Proceedings of the meeting of veterinary officers in India
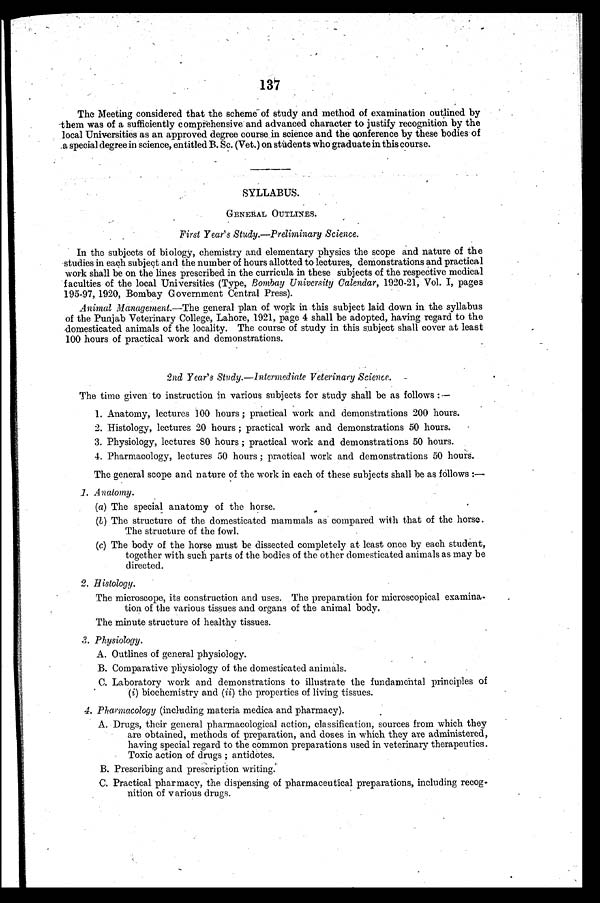
137
The Meeting considered that the scheme of study and method of examination outlined by
them was of a sufficiently comprehensive and advanced character to justify recognition by the
local Universities as an approved degree course in science and the conference by these bodies of
a special degree in science, entitled B. Sc. (Vet.) on students who graduate in this course.
SYLLABUS.
GENERAL OUTLINES.
First Year's Study.—Preliminary Science.
In the subjects of biology, chemistry and elementary physics the scope and nature of the
studies in each subject and the number of hours allotted to lectures, demonstrations and practical
work shall be on the lines prescribed in the curricula in these subjects of the respective medical
faculties of the local Universities (Type, Bombay University Calendar, 1920-21, Vol. I, pages
195-97, 1920, Bombay Government Central Press).
Animal Management.—The general plan of work in this subject laid down in the syllabus
of the Punjab Veterinary College, Lahore, 1921, page 4 shall be adopted, having regard to the
domesticated animals of the locality. The course of study in this subject shall cover at least
100 hours of practical work and demonstrations.
2nd Year's Study.—Intermediate Veterinary Science.
The time given to instruction in various subjects for study shall be as follows:—
1. Anatomy, lectures 100 hours; practical work and demonstrations 200 hours.
2. Histology, lectures 20 hours; practical work and demonstrations 50 hours.
3. Physiology, lectures 80 hours; practical work and demonstrations 50 hours.
4. Pharmacology, lectures 50 hours; practical work and demonstrations 50 hours.
The general scope and nature of the work in each of these subjects shall be as follows:—
1. Anatomy.
(a) The special anatomy of the horse.
(b) The structure of the domesticated mammals as compared with that of the horse.
The structure of the fowl.
(c) The body of the horse must be dissected completely at least once by each student,
together with such parts of the bodies of the other domesticated animals as may be
directed.
2. Histology.
The microscope, its construction and uses. The preparation for microscopical examina-
tion of the various tissues and organs of the animal body.
The minute structure of healthy tissues.
3. Physiology.
A. Outlines of general physiology.
B. Comparative physiology of the domesticated animals.
C. Laboratory work and demonstrations to illustrate the fundamental principles of
(i) biochemistry and (ii) the properties of living tissues.
4. Pharmacology (including materia medica and pharmacy).
A. Drugs, their general pharmacological action, classification, sources from which they
are obtained, methods of preparation, and doses in which they are administered,
having special regard to the common preparations used in veterinary therapeutics.
Toxic action of drugs; antidotes.
B. Prescribing and prescription writing.
C. Practical pharmacy, the dispensing of pharmaceutical preparations, including recog-
nition of various drugs.